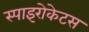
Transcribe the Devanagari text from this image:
स्पाइरोकेटस